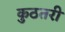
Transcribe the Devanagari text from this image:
कुठतरी